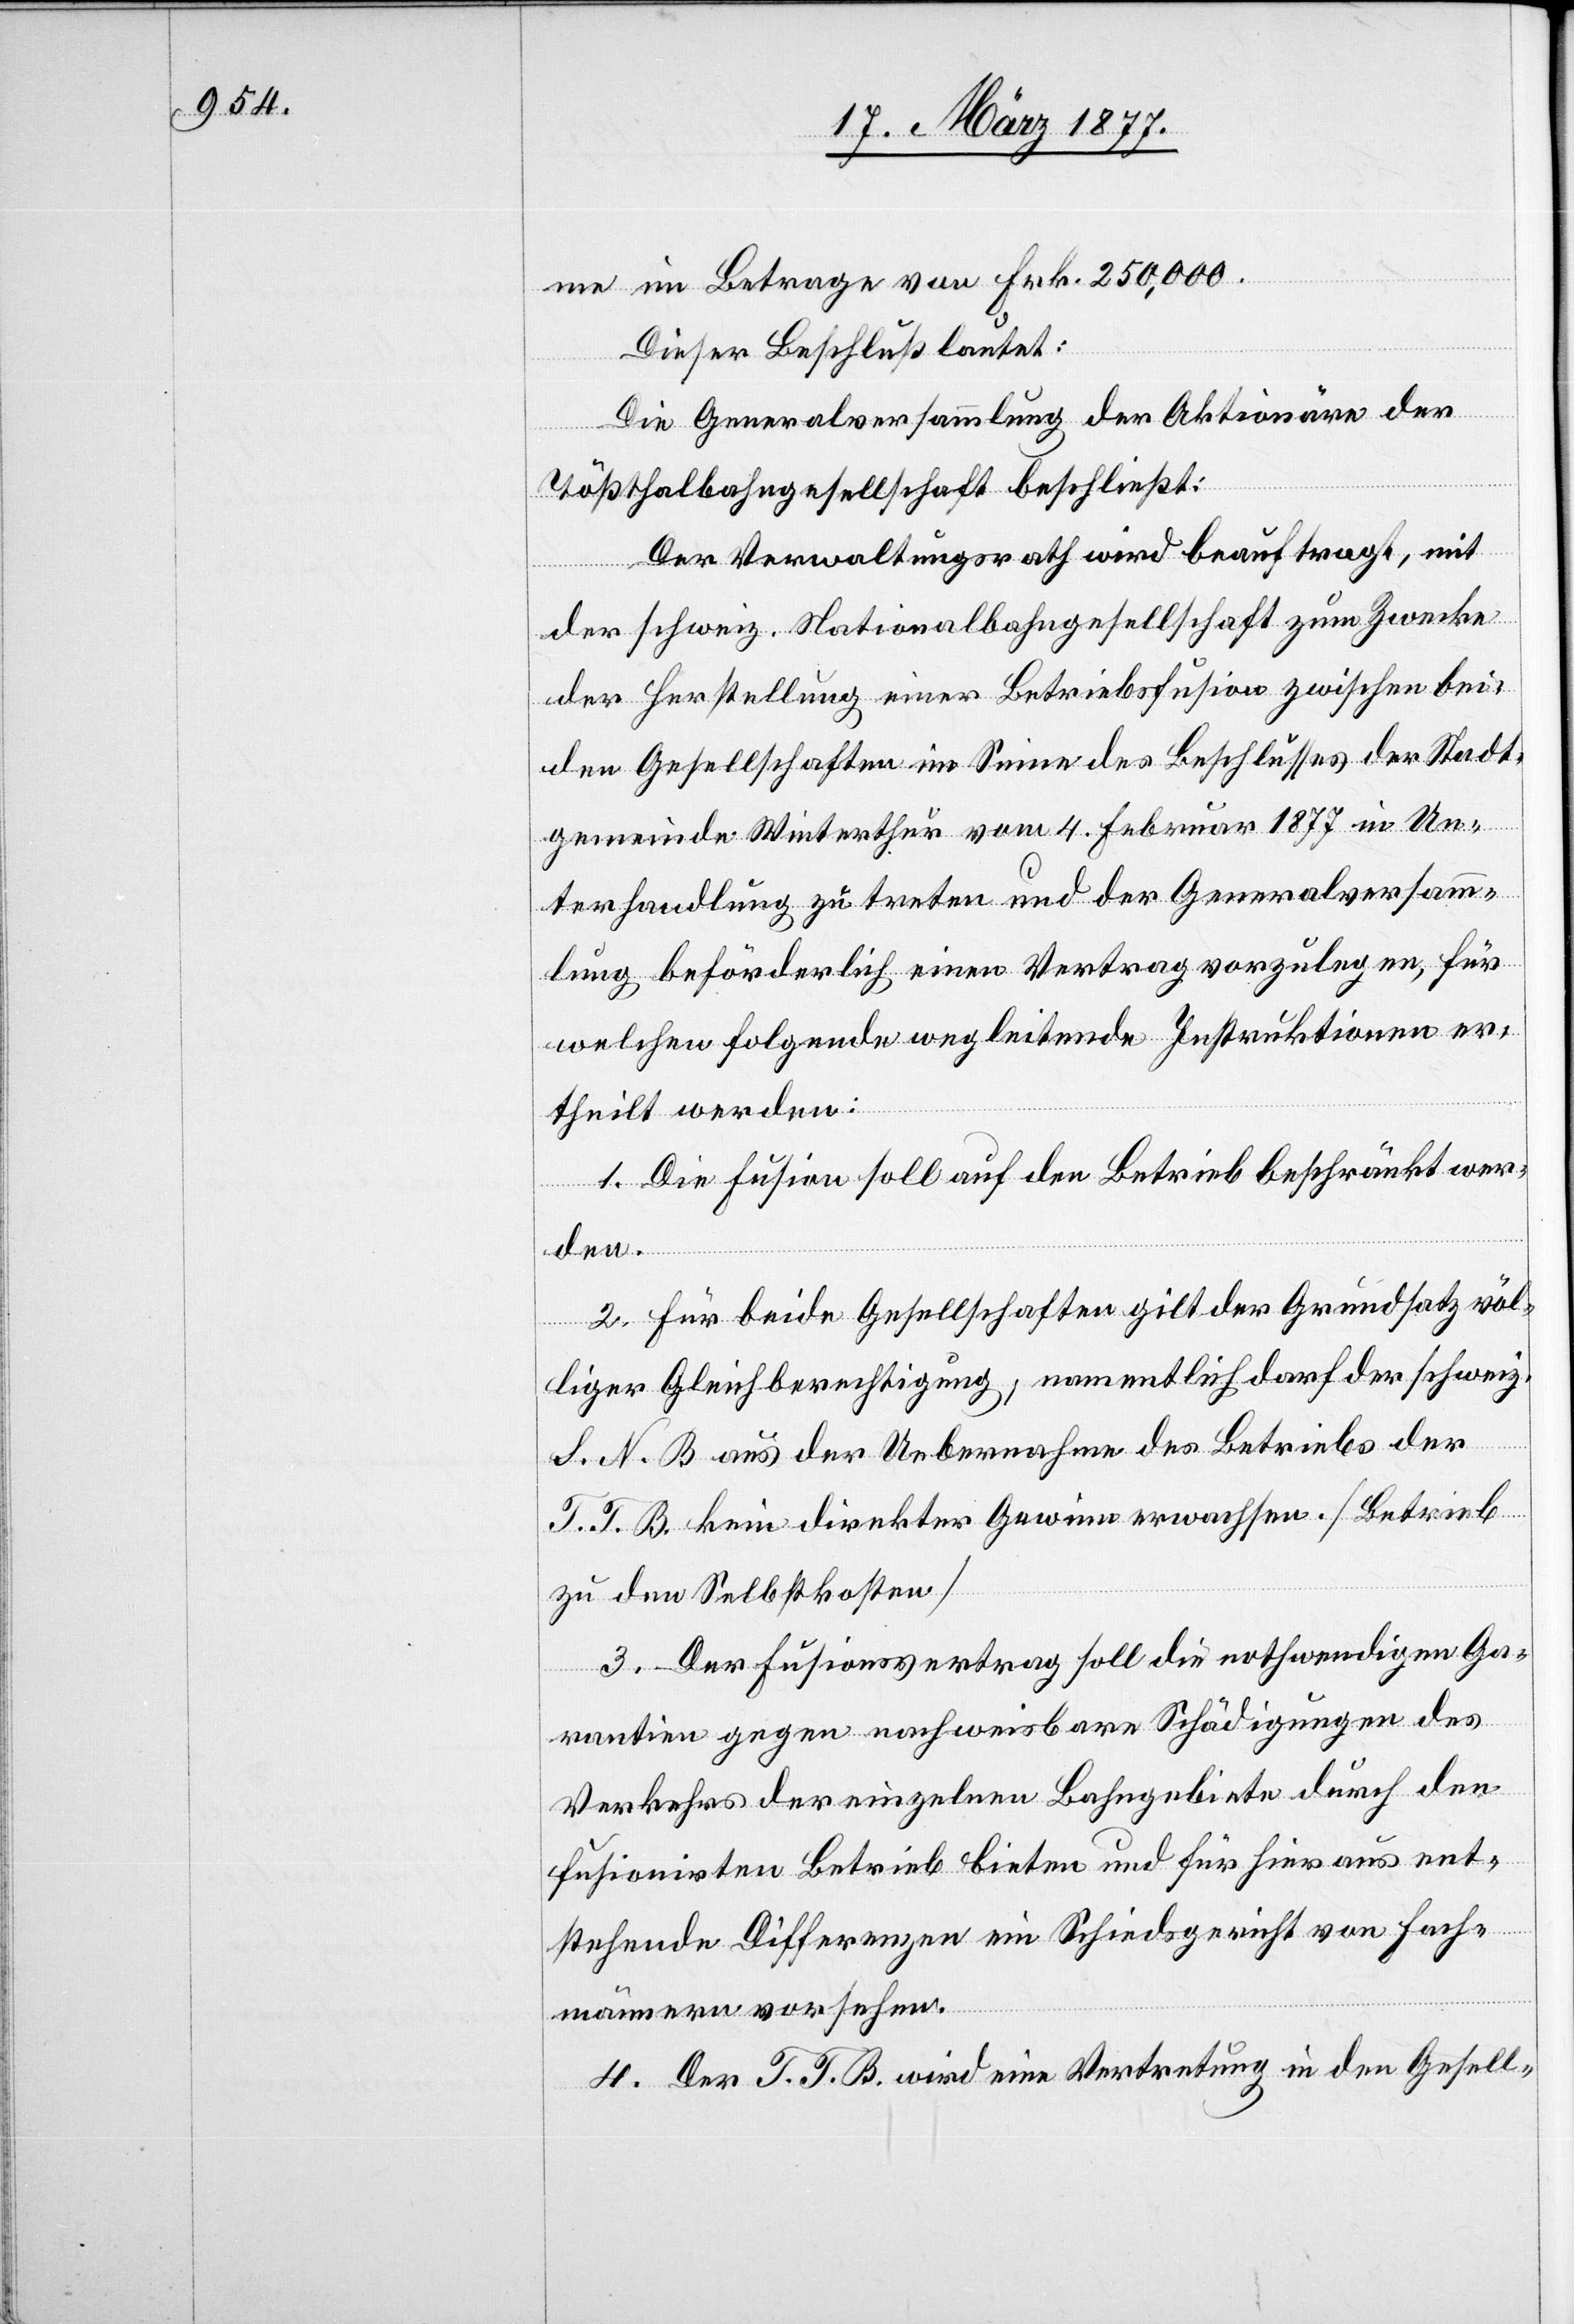
me im Betrage von Frk. 250,000.
Dieser Beschluß lautet:
Die Generalversammlung der Aktionäre der
Tößthalbahngesellschaft beschließt:
Der Verwaltungsrath wird beauftragt, mit
der schweiz. Nationalbahngesellschaft zum Zwecke
der Herstellung einer Betriebsfusion zwischen bei¬
den Gesellschaften im Sinne des Beschlusses der Stadt¬
N.
gemeinde Winterthur vom 4. Februar 1877 in Un¬
terhandlung zu treten und der Generalversamm¬
lung beförderlich einen Vertrag vorzulegen, für
welchen folgende wegleitende Instruktionen er¬
theilt werden:
1. Die Fusion soll auf den Betrieb beschränkt wer¬
den.
2. Für beide Gesellschaften gilt der Grundsatz völ¬
liger Gleichberechtigung, namentlich darf der schweiz.
B. [sic!] aus der Uebernahme des Betriebs der
T. T. B. kein direkter Gewinn erwachsen. [Betrieb
zu den Selbstkosten]
3. Der Fusionsvertrag soll die nothwendigen Ga¬
rantien gegen nachweisbare Schädigungen des
Verkehrs der einzelnen Bahngebiete durch den
fusionirten Betrieb bieten und für hieraus ent¬
stehende Differenzen ein Schiedsgericht von Fach¬
männern vorsehen.
4. Der T. T. B. wird eine Vertretung in den Gesell-